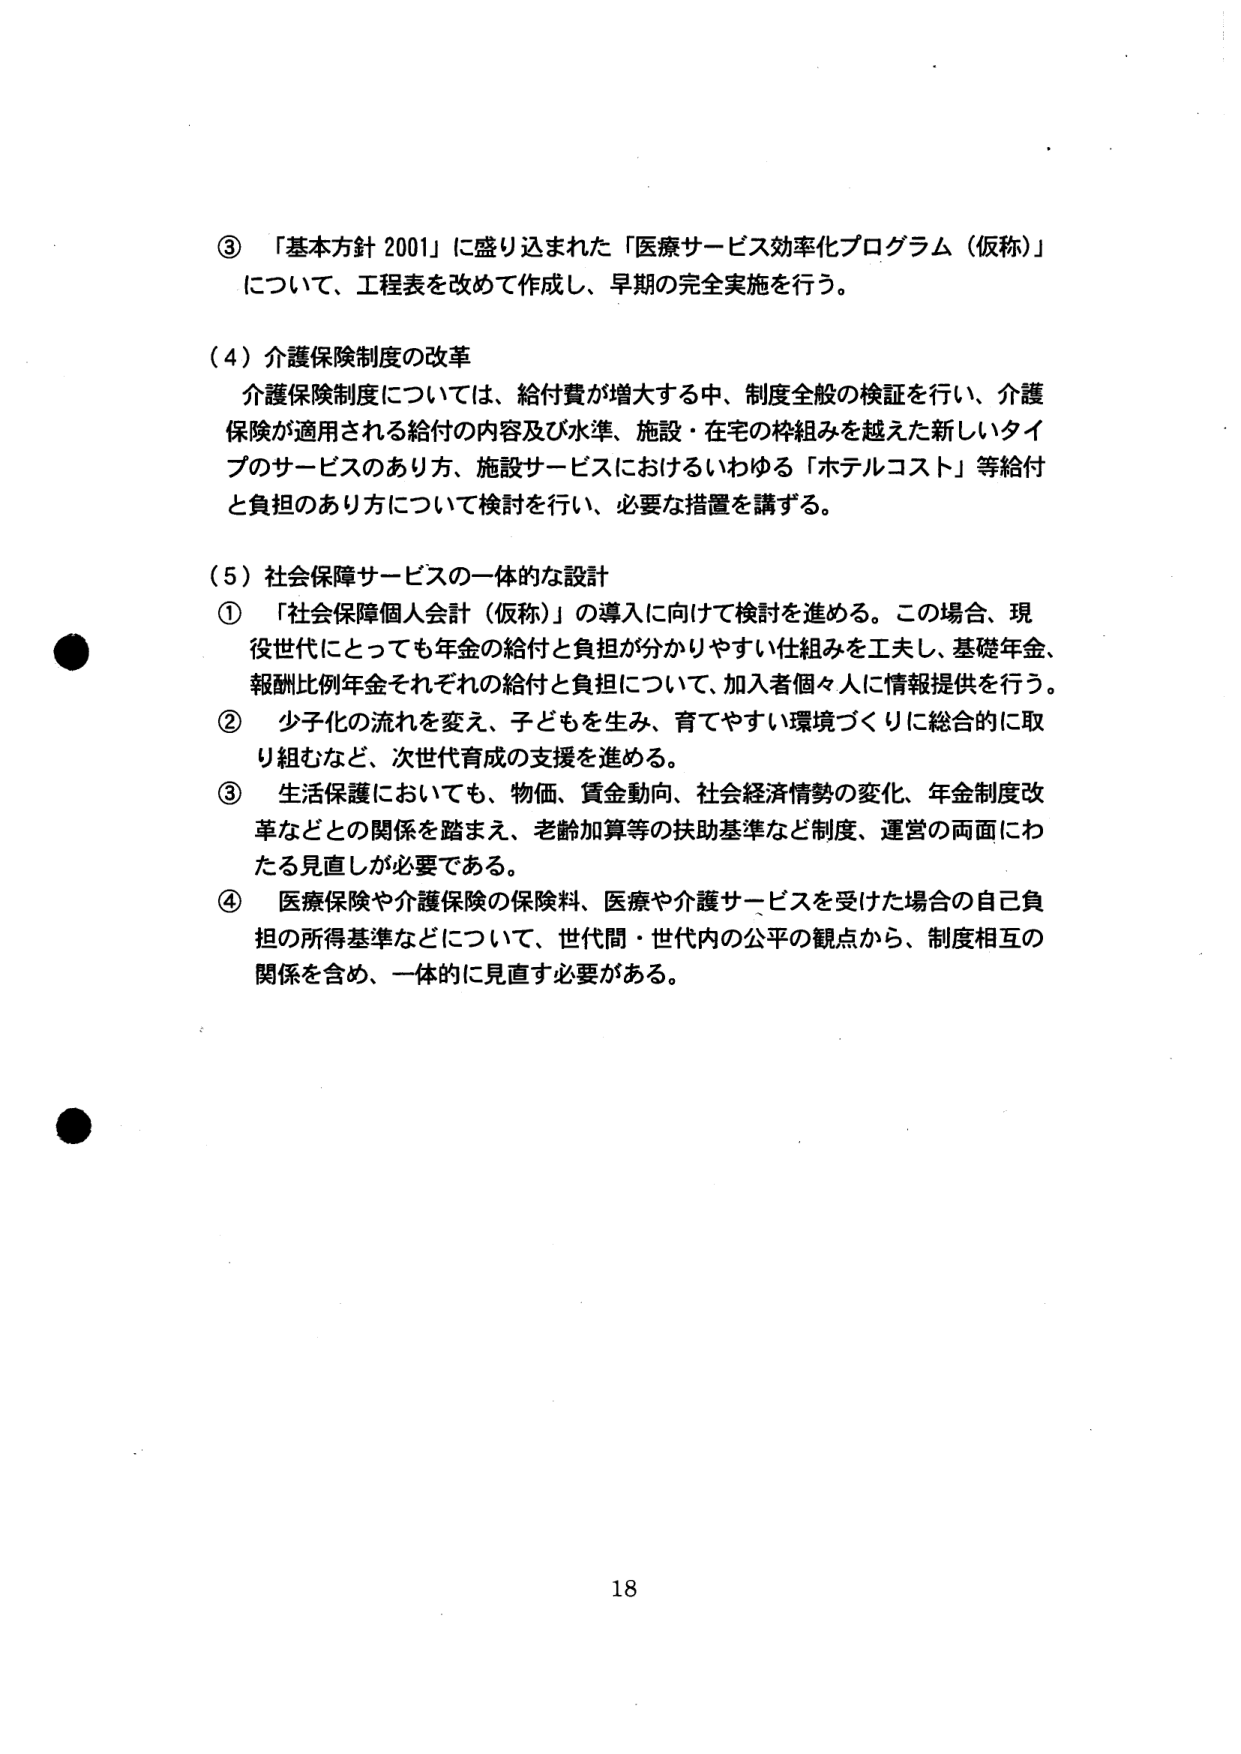
③ 「基本方針 2001」に盛り込まれた「医療サービス効率化プログラム（仮称）」について、工程表を改めて作成し、早期の完全実施を行う。

（4）介護保険制度の改革
介護保険制度については、給付費が増大する中、制度全般の検証を行い、介護保険が適用される給付の内容及び水準、施設・在宅の枠組みを越えた新しいタイプのサービスのあり方、施設サービスにおけるいわゆる「ホテルコスト」等給付と負担のあり方について検討を行い、必要な措置を講ずる。

（5）社会保障サービスの一体的な設計
① 「社会保障個人会計（仮称）」の導入に向けて検討を進める。この場合、現役世代にとっても年金の給付と負担が分かりやすい仕組みを工夫し、基礎年金、報酬比例年金それぞれの給付と負担について、加入者個々人に情報提供を行う。
② 少子化の流れを変え、子どもを生み、育てやすい環境づくりに総合的に取り組むなど、次世代育成の支援を進める。
③ 生活保護においても、物価、賃金動向、社会経済情勢の変化、年金制度改革などとの関係を踏まえ、老齢加算等の扶助基準など制度、運営の両面にわたる見直しが必要である。
④ 医療保険や介護保険の保険料、医療や介護サービスを受けた場合の自己負担の所得基準などについて、世代間・世代内の公平の観点から、制度相互の関係を含め、一体的に見直す必要がある。

18